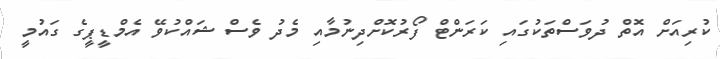
ކުރިއަށް އޮތް ދުވަސްތަކުގައި ކަރަންޓް ފޯރުކޮށްދިނުމާއި މެދު ވެސް ޝައްކުވޭ އެމްޑީޕީގެ ގައުމީ